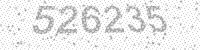
Solution: 526235